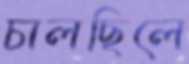
চালছিলে